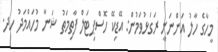
މީހާގެ ހާލު އަންނަނީ ރަގަޅުވަމުން: އޭޑިކޭ ހޮސްޕިޓަލް ފާތިމަތު ޝަނާ މުހައްމަދު ހދ.